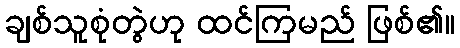
ချစ်သူစုံတွဲဟု ထင်ကြမည် ဖြစ်၏။